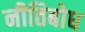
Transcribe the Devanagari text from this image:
नीतिबोध